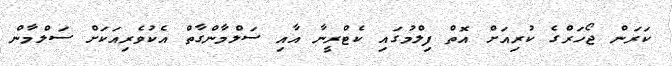
ކަރަން ޖޯހަރްގެ ކުރިއަށް އޮތް ފިލްމުގައި ކެޓްރީނާ އާއި ސަލްމާންގާތް އެކުވެރިއަކަށް ސަލްމާން